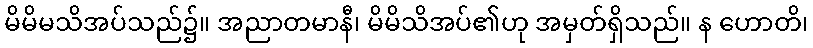
မိမိမသိအပ်သည်၌။ အညာတမာနီ၊ မိမိသိအပ်၏ဟု အမှတ်ရှိသည်။ န ဟောတိ၊